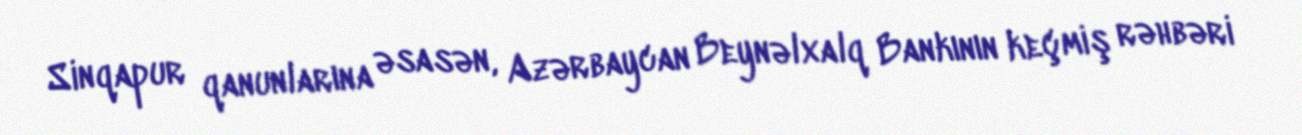
Sinqapur qanunlarına əsasən, Azərbaycan Beynəlxalq Bankının keçmiş rəhbəri